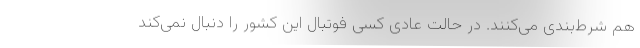
هم شرط‌بندی می‌کنند. در حالت عادی کسی فوتبال این کشور را دنبال نمی‌کند